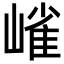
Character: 𭗋